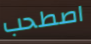
اصطحب